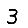
Digit: 3